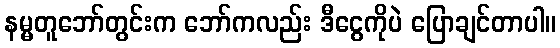
နမ္မတူဘော်တွင်းက ဘော်ကလည်း ဒီငွေကိုပဲ ပြောချင်တာပါ။